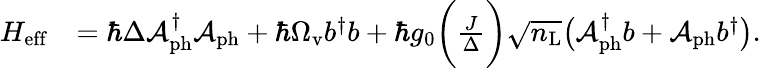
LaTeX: \begin{array}{rl}{H_{\mathrm{eff}}}&{=\hbar\Delta\mathcal{A}_{\mathrm{ph}}^{\dagger}\mathcal{A}_{\mathrm{ph}}+\hbar\Omega_{\mathrm{v}}b^{\dagger}b+\hbar g_{0}\bigg(\frac{J}{\Delta}\bigg)\sqrt{n_{\mathrm{L}}}\big(\mathcal{A}_{\mathrm{ph}}^{\dagger}b+\mathcal{A}_{\mathrm{ph}}b^{\dagger}\big).}\end{array}